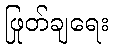
ဖြုတ်ချရေး